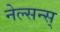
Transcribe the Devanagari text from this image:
नेल्सन्स्